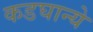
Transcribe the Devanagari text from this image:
कडघान्ये